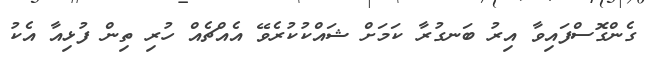
ގެންގޮސްފައިވާ އިރު ބަނގުރާ ކަމަށް ޝައްކުކުރެވޭ އެއްޗެއް ހުރި ތިން ފުޅިއާ އެކު